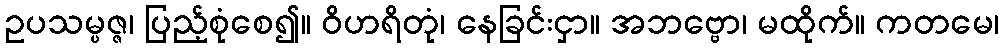
ဥပသမ္ပဇ္ဇ၊ ပြည့်စုံစေ၍။ ဝိဟရိတုံ၊ နေခြင်းငှာ။ အဘဗ္ဗော၊ မထိုက်။ ကတမေ၊